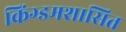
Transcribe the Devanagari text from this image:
किंग्डमशासित